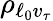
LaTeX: \rho_{\ell_{0}v_{\tau}}